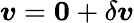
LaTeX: \boldsymbol{v}=\boldsymbol{0}+\delta\boldsymbol{v}